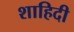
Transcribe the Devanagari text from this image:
शाहिदी